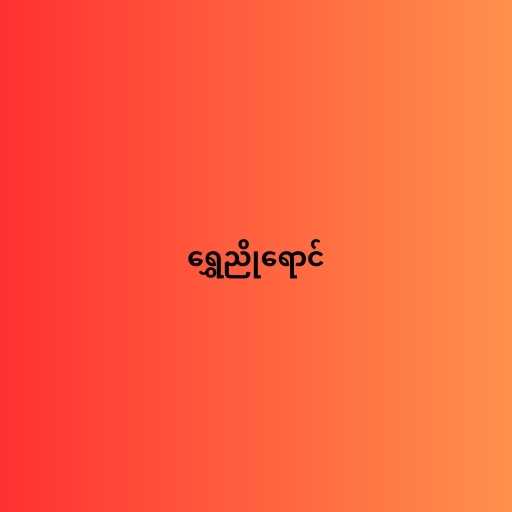
ရွှေညိုရောင်